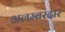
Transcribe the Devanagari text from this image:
अलम्बरदार